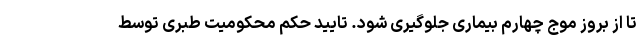
تا از بروز موج چهارم بیماری جلوگیری شود. تایید حکم محکومیت طبری توسط